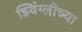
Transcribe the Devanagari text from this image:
झ्विंग्लीच्या